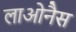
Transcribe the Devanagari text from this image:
लाओनैस